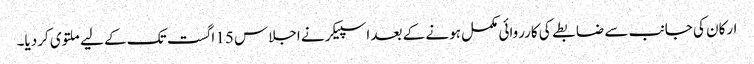
ارکان کی جانب سے ضابطے کی کارروائی مکمل ہونے کے بعد اسپیکر نے اجلاس 15 اگست تک کے لیے ملتوی کردیا۔